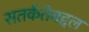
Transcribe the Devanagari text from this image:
सतर्कतेबद्दल